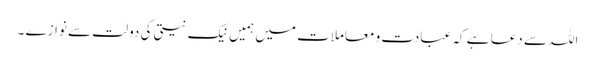
اللہ سے دعا ہے کہ عبادت و معاملات میں ہمیں نیک نیتی کی دولت سے نوازے ۔